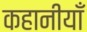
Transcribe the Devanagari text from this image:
कहानीयाँ